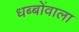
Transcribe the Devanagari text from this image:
धब्बोंवाला